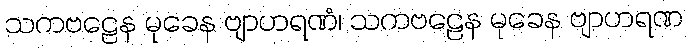
သကဗဠေန မုခေန ဗျာဟရဏံ၊ သကဗဠေန မုခေန ဗျာဟရဏ